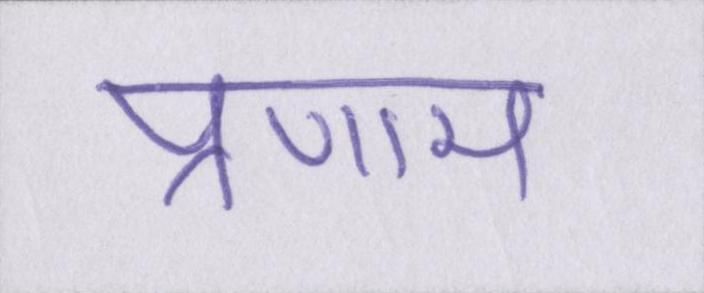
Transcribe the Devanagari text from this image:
प्रणाम